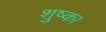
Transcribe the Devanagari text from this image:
शुष्क।